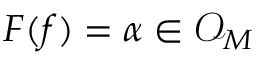
F ( f ) = \alpha \in { \mathcal { O } } _ { M }